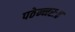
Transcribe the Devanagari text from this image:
पठेन्नरः॥